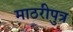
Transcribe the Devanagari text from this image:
माठरीपुत्र